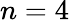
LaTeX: n=4